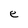
Character: e